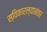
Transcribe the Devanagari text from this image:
स्विकारल्यानंतर